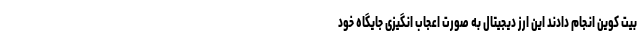
بیت کوین انجام دادند این ارز دیجیتال به صورت اعجاب انگیزی جایگاه خود